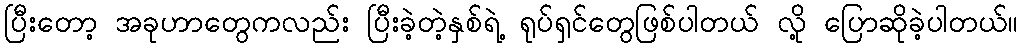
ပြီးတော့ အခုဟာတွေကလည်း ပြီးခဲ့တဲ့နှစ်ရဲ့ ရုပ်ရှင်တွေဖြစ်ပါတယ် လို့ ပြောဆိုခဲ့ပါတယ်။